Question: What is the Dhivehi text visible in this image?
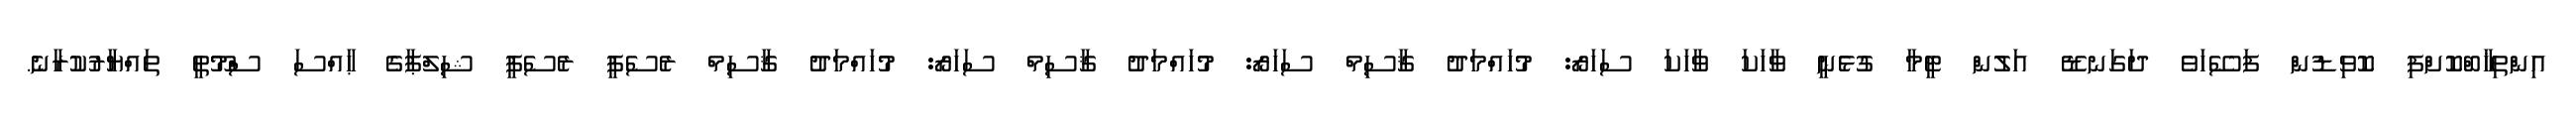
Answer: އިންތިޚާބްކޮށްފި ކޮވިޑުން ފަސޭހަވެ ދަގަނޑޭ އަލުން ޓީމާ ގުޅެނީ ވާހަކަ ވާހަކަ ސަހަރޯ: މުހައްމަދު ޤާސިމް ސަހަރޯ: މުހައްމަދު ޤާސިމް ސަހަރޯ: މުހައްމަދު ޤާސިމް ރެސެޕީ ރެސެޕީ ޝިލްޕާގެ ޙާއްސަ ސްމޫތީ ތައްޔާރުކުރާނެ.